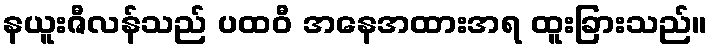
နယူးဇီလန်သည် ပထဝီ အနေအထားအရ ထူးခြားသည်။